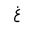
Letter: _gayn